Indian journal of veterinary science and animal husbandry - Volume 5,
Year: 1935
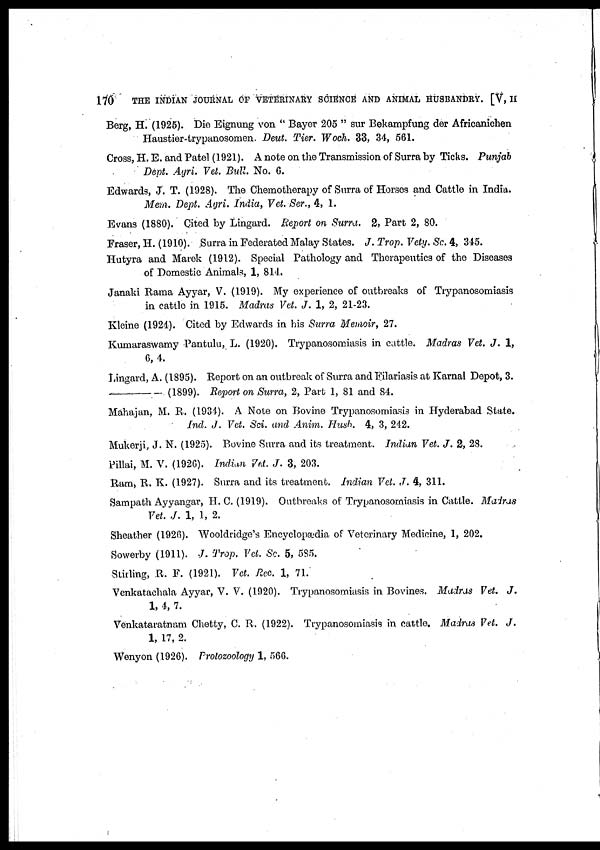
170
THE INDIAN JOURNAL OF VETERINARY SCIENCE AND ANIMAL HUSBANDRY. [V, II
Berg, H. (1925). Die Eignung von " Bayer 205 " sur Bekampfung der Africanichen
Haustier-trypanosomen. Deut. Tier. Woch. 33, 34, 561.
Cross, H. E. and Patel (1921). A note on the Transmission of Surra by Ticks. Punjab
Dept. Agri. Vet. Bull. No. 6.
Edwards, J. T. (1928). The Chemotherapy of Surra of Horses and Cattle in India.
Mem. Dept. Agri. India, Vet. Ser., 4, 1.
Evans (1880). Cited by Lingard. Report on Surra. 2, Part 2, 80.
Fraser, H. (1910). Surra in Federated Malay States. J. Trop. Vety. Sc. 4, 345.
Hutyra and Marek (1912). Special Pathology and Therapeutics of the Diseases
of Domestic Animals, 1, 814.
Janaki Rama Ayyar, V. (1919). My experience of outbreaks of Trypanosomiasis
in cattle in 1915. Madras Vet. J. 1, 2, 21-23.
Kleine (1924). Cited by Edwards in his Surra Memoir, 27.
Kumaraswamy Pantulu, L. (1920). Trypanosomiasis in cattle. Madras Vet. J. 1,
6, 4.
Lingard, A. (1895). Report on an outbreak of Surra and Filariasis at Karnal Depot, 3.
—(1899).
Report on Surra, 2, Part 1, 81 and 84.
Mahajan, M. R. (1934). A Note on Bovine Trypanosomiasis in Hyderabad State.
Ind. J. Vet. Sci. and Anim. Husb. 4, 3, 242.
Mukerji, J. N. (1925). Bovine Surra and its treatment. Indian Vet. J. 2, 28.
Pillai, M. V. (1926). Indian Vet. J. 3, 203.
Ram, R. K. (1927). Surra and its treatment. Indian Vet. J. 4, 311.
Sampath Ayyangar, H. C. (1919). Outbreaks of Trypanosomiasis in Cattle. Madras
Vet. J. 1, 1, 2.
Sheather (1926). Wooldridge's Encyclopædia of Veterinary Medicine, 1, 202.
Sowerby (1911). J. Trop. Vet. Sc. 5, 585.
Stirling, R. F. (1921). Vet. Rec. 1, 71.
Venkatachala Ayyar, V. V. (1920). Trypanosomiasis in Bovines. Madras Vet. J.
1, 4, 7.
Venkataratnam Chetty, C. R. (1922). Trypanosomiasis in cattle. Madras Vet. J.
1, 17, 2.
Wenyon (1926). Protozoology 1, 566.